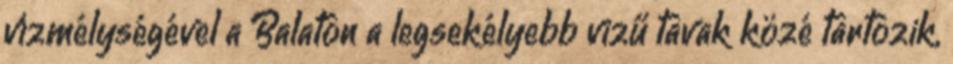
vízmélységével a Balaton a legsekélyebb vizű tavak közé tartozik,